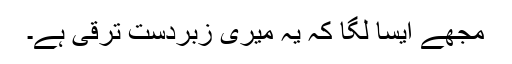
مجھے ایسا لگا کہ یہ میری زبردست ترقی ہے۔